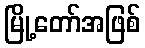
မြို့တော်အဖြစ်